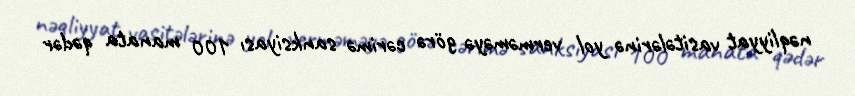
nəqliyyat vasitələrinə yol verməməyə görə cərimə sanksiyası 100 manata qədər